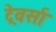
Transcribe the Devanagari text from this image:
ट्रेवर्सा